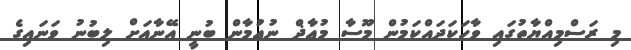
މި ރަސްމިއްޔާތުގައި ވާހަކަދައްކަމުން މޫސާ މުޢާޛް ނުޢުމާން ބުނީ އޭނާއަށް ލިބުނު ވަނައިގެ